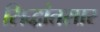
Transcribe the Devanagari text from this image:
सिद्धांतसार